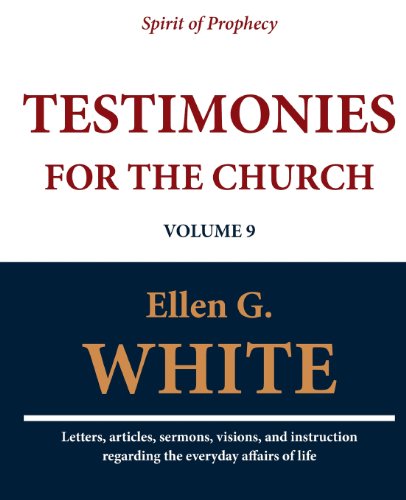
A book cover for Testimonies for the Church (Volume 9); Ellen G. White; Christian Books & Bibles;